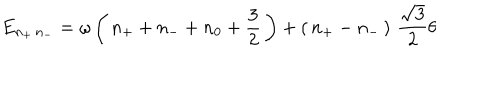
E _ { n _ { + } \, n _ { - } } = \omega \left( \, n _ { + } + n _ { - } + n _ { 0 } + { \frac { 3 } { 2 } } \, \right) + \left( \, n _ { + } - n _ { - } \, \right) \, \frac { \sqrt 3 } { 2 } \theta